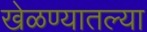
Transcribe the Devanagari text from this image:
खेळण्यातल्या